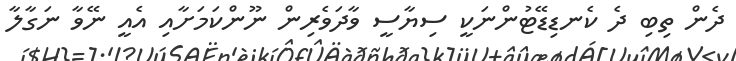
ދެން ތިބި ދެ ކެނޑިޑޭޓުންނަކީ ސިޔާސީ ވާދަވެރިން ނޫންކަމަށާއި އެއީ ނޭވާ ނަގާލާ